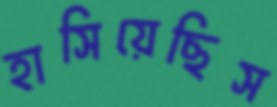
হাসিয়েছিস